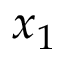
x _ { 1 }